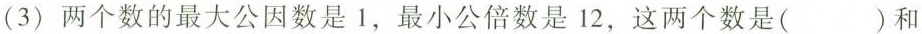
(3)两个数的最大公因数是 1，最小公倍数是 12，这两个数是(）和